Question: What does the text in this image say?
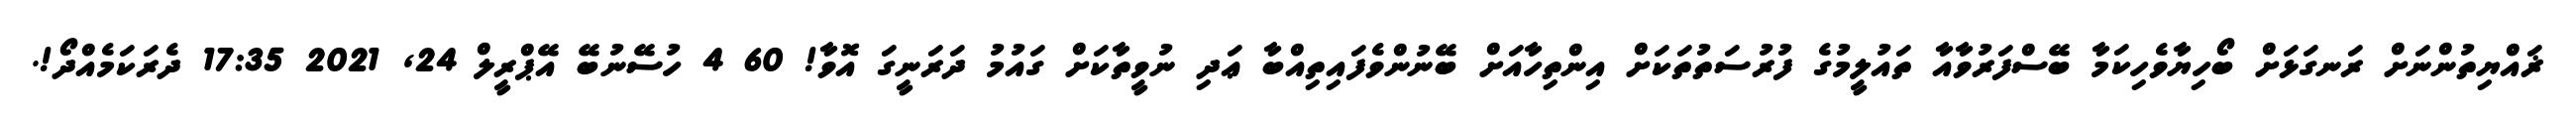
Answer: ޜައްޔިތުންނަށް ރަނގަޅަށް ބޯހިޔާވެހިކަމާ ބޭސްފަރުވާއާ ތައުލީމުގެ ފުރުސަތުތަކަށް އިންތިހާއަށް ބޭނުންވެފައިތިއްބާ ޢަދި ނުވީތާކަށް ގައުމު ދަރަނީގަ އޮވާ! 60 4 ހުސޭނުބޭ އޭޕްރީލް 24, 2021 17:35 ދެރަކަމެއްދޯ!.